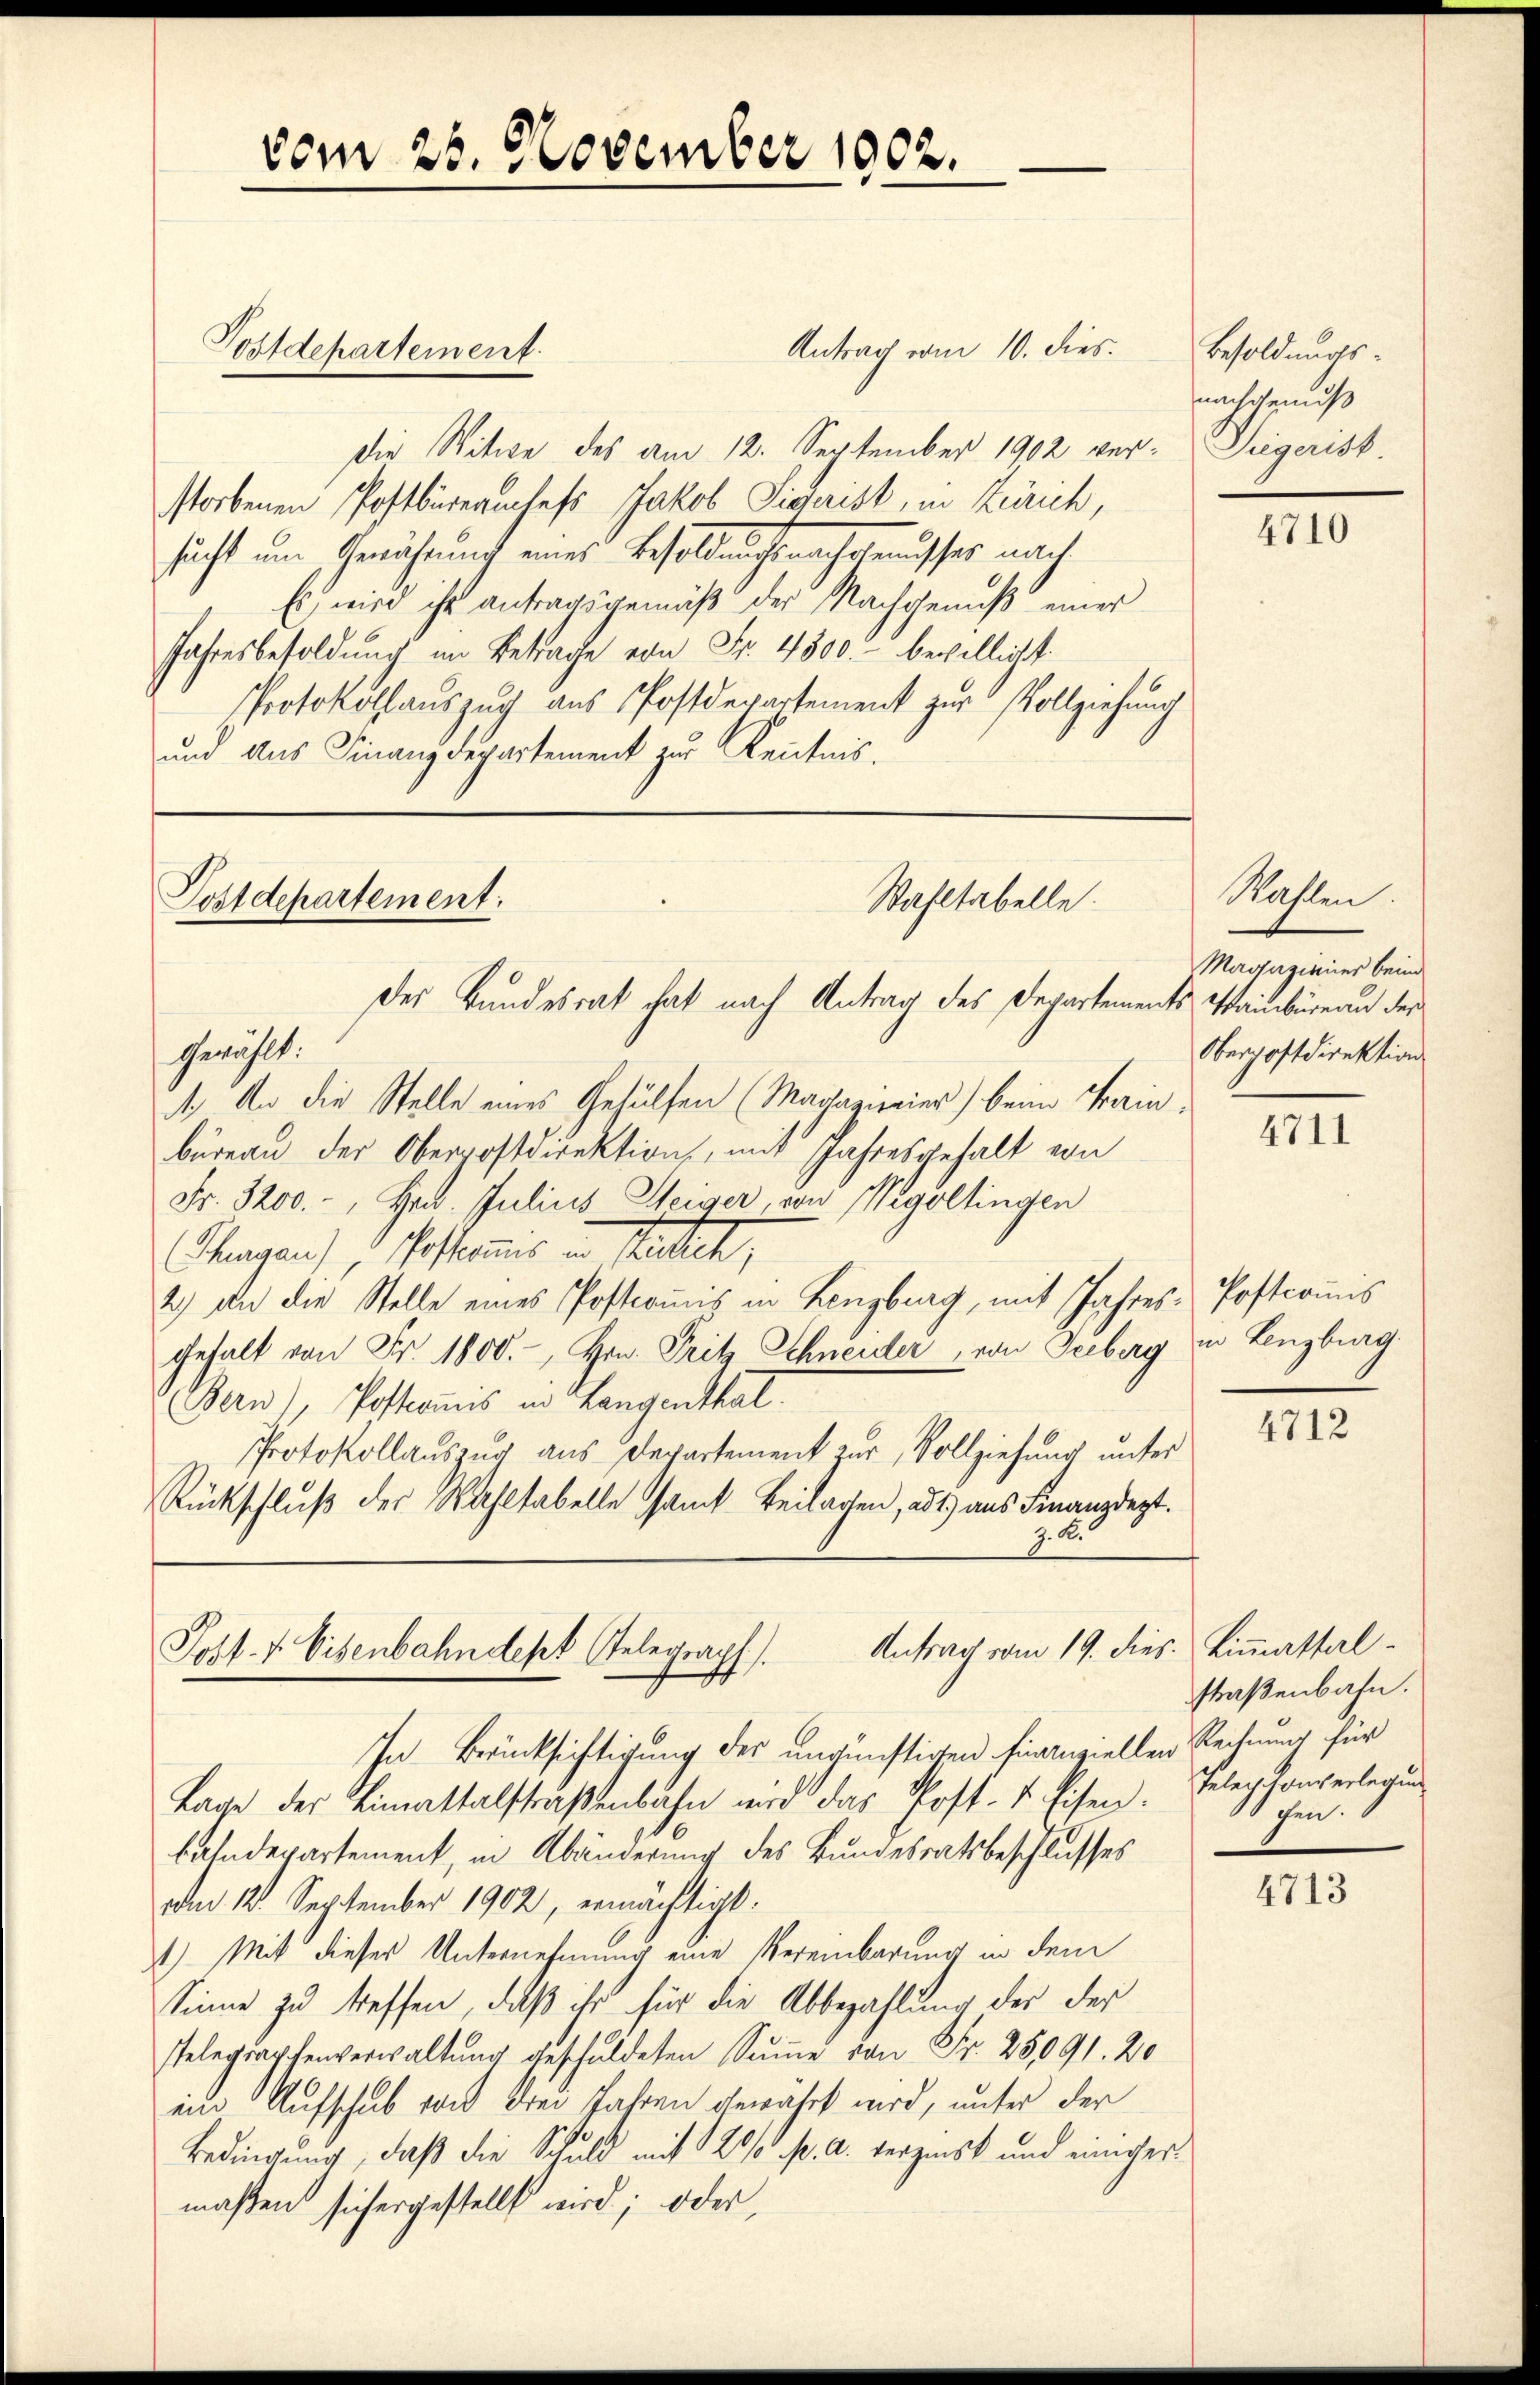
vom 25. November 1902.
Antrag vom 10. dies.
Postdepartement.

Postdepartement:
Wahltabelle.

Die Witwe des am 12. September 1902 verstorbenen Postbüreauchefs Jakob Sigrist, in Zürich,
sucht um Gewährung eines Besoldungsnachgenusses nach
Es wird ihr antragsgemäß der Nachgenuß einer
Jahresbesoldung im Betrage von Fr. 4500. bewilligt.
Protokollauszug aus Postdepartement zur Vollziehung
und aus Finanzdepartement zur Kenntnis.

des Bundesrat hat nach Antrag des Departements Stainbüreau der
Gewählt:
1.) An die Stelle eines Gehülfen (Magazionier) beim Trainbüreau der Oberpostdirektion, mit Jahresgehalt von
Fr. 3200.-, Hr. Julius Steiger, von Wegoltingen
Chagen), 1. Postammes und Stetten,
2.) An die Stelle eines Postcoṁis in Lenzburg, mit Jahres Postcoṁis
gehalt von Fr. 1800.-, Hrn. Fritz Schneider, von Seeberg in Lenzburg.
Bern), Postconus in Langenthal.
Protokollauszug aus Departement zur Vollziehung unter
Rückschluß der Wahltabelle samt Beilagen, ad 1) aus Finanzdept.
z. B.

Antrag vom 19. dies. Limmattal¬
Post. f. Eisenbahnetest Telegraph

Besoldungs-
nachgenuß
Seegerist.

Wahlen.
Magaziner beim
Oberpostdirektion

In Berücksichtigung des ungünstigen finanziellen Rechnung für
Lage der Limattalstraßenbahn wird das Post- & Eisen. Teler konverlegun
bahndepartement, in Abänderung des Bundesratsbeschlusses
am 12. September 1902, ermächtigt:
1) Mit dieser Unternehmung eine Vereinbarung in dem
Sinne zu treffen, daß ihr für die Abbezahlung der der
telegraphenverwaltŭng geschuldeten Sŭṁe von Fr. 25091. 20
ein Aufschub von drei Jahren gewährt wird, unter der
Bedingung, daß die Schuld mit 120/0 pr. a. verzeist und einiger
maßen sich ergestellt wird; oder

straßenbahn.
Schen.

4710

4711

4712

4713